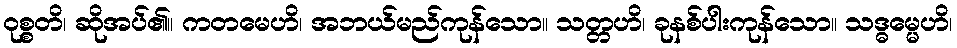
ဝုစ္စတိ၊ ဆိုအပ်၏။ ကတမေဟိ၊ အဘယ်မည်ကုန်သော။ သတ္တဟိ၊ ခုနစ်ပါးကုန်သော။ သဒ္ဓမ္မေဟိ၊